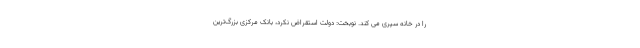
را در خانه سپری می کند. نوبخت: دولت استقراض نکرد، بانک مرکزی بزرگ‌ترین